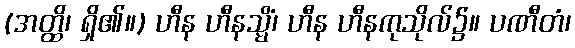
(အတ္ထိ၊ ရှိ၏။) ဟီန ဟီနသ္မိံ၊ ဟီန ဟီနကုသိုလ်၌။ ပဏီတံ၊